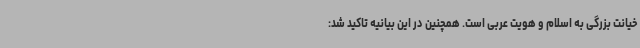
خیانت بزرگی به اسلام و هویت عربی است. همچنین در این بیانیه تاکید شد: